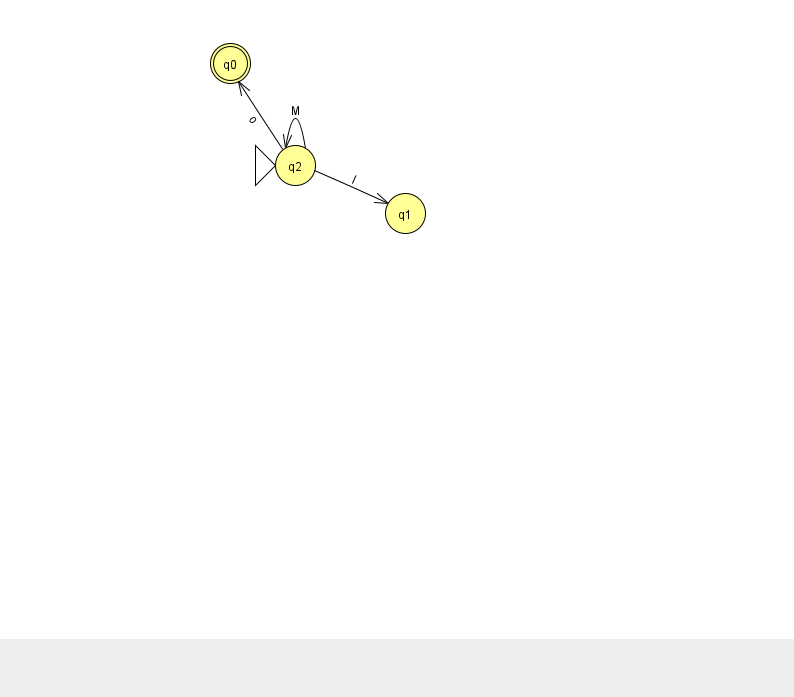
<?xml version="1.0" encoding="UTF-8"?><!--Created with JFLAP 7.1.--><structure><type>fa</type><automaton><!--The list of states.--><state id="0" name="q0"><x>230.0</x><y>50.0</y><final/></state><state id="1" name="q1"><x>405.0</x><y>200.0</y></state><state id="2" name="q2"><x>295.0</x><y>152.0</y><initial/></state><!--The list of transitions.--><transition><from>2</from><to>1</to><read>l</read></transition><transition><from>2</from><to>0</to><read>o</read></transition><transition><from>2</from><to>2</to><read>M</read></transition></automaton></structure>